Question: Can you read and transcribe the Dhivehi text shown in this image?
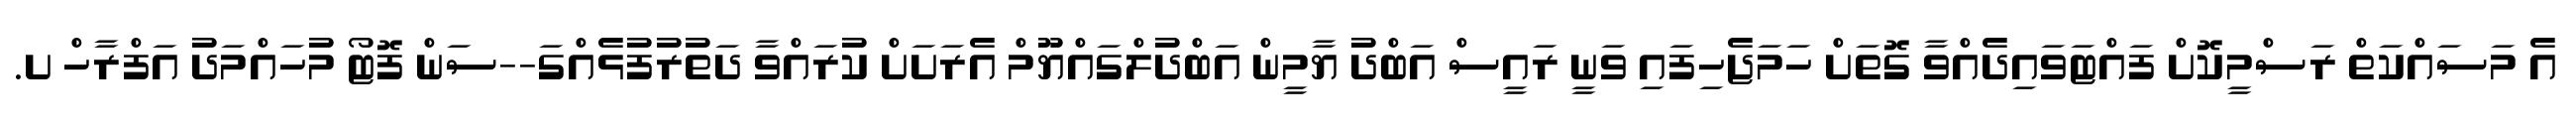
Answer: އެ މަސައްކަތް ރަސްމީކޮށް ފައްޓަވައިދެއްވާ ގޮތަށް ހަމަޖެހިފައި ވަނީ ރައީސް އަބްދު ޔާމީން އަބްދުލްގައްޔޫމް އެރަށަށް ކުރައްވާ ދަތުރުފުޅެއްގަ--ސަން ފޮޓޯ މުހައްމަދު އަފްރާހް ށ.